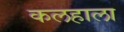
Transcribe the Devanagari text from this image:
कलहाला